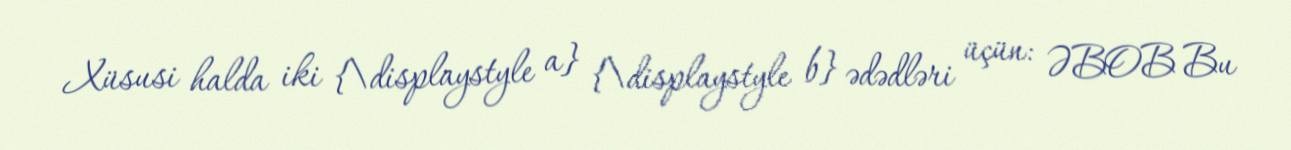
Xüsusi halda iki {\displaystyle a} {\displaystyle b} ədədləri üçün: ƏBOB Bu